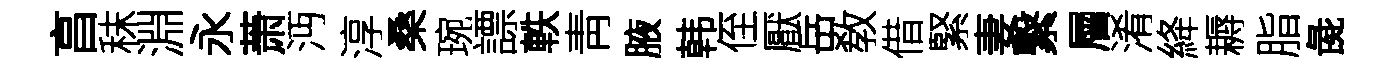
亯秣淵永萧沔淳桑琬謤軼靑腋韩侄厭岳敎借緊妻繋層淆絳耨脂彘